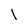
Character: 1